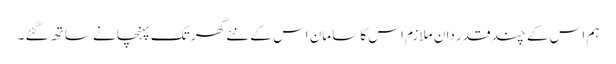
ہم اس کے چند قدر دان ملازم اس کا سامان اس کے نئے گھر تک پہنچانے ساتھ گئے ۔